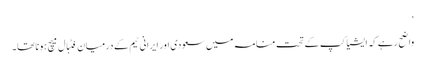
‘
واضح رہے کہ ایشیا کپ کے تحت منامہ میں سعودی اور ایرانی ٹیم کے درمیان فٹبال میچ ہونا تھا۔